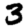
Digit: 3